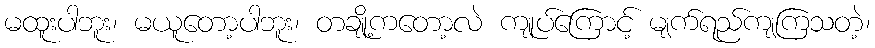
မထူးပါဘူး၊ မယူတော့ပါဘူး၊ တချို့ကတော့လဲ ကျုပ်ကြောင့် မျက်ရည်ကျကြသတဲ့၊